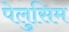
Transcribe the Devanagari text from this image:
पेलुसिम